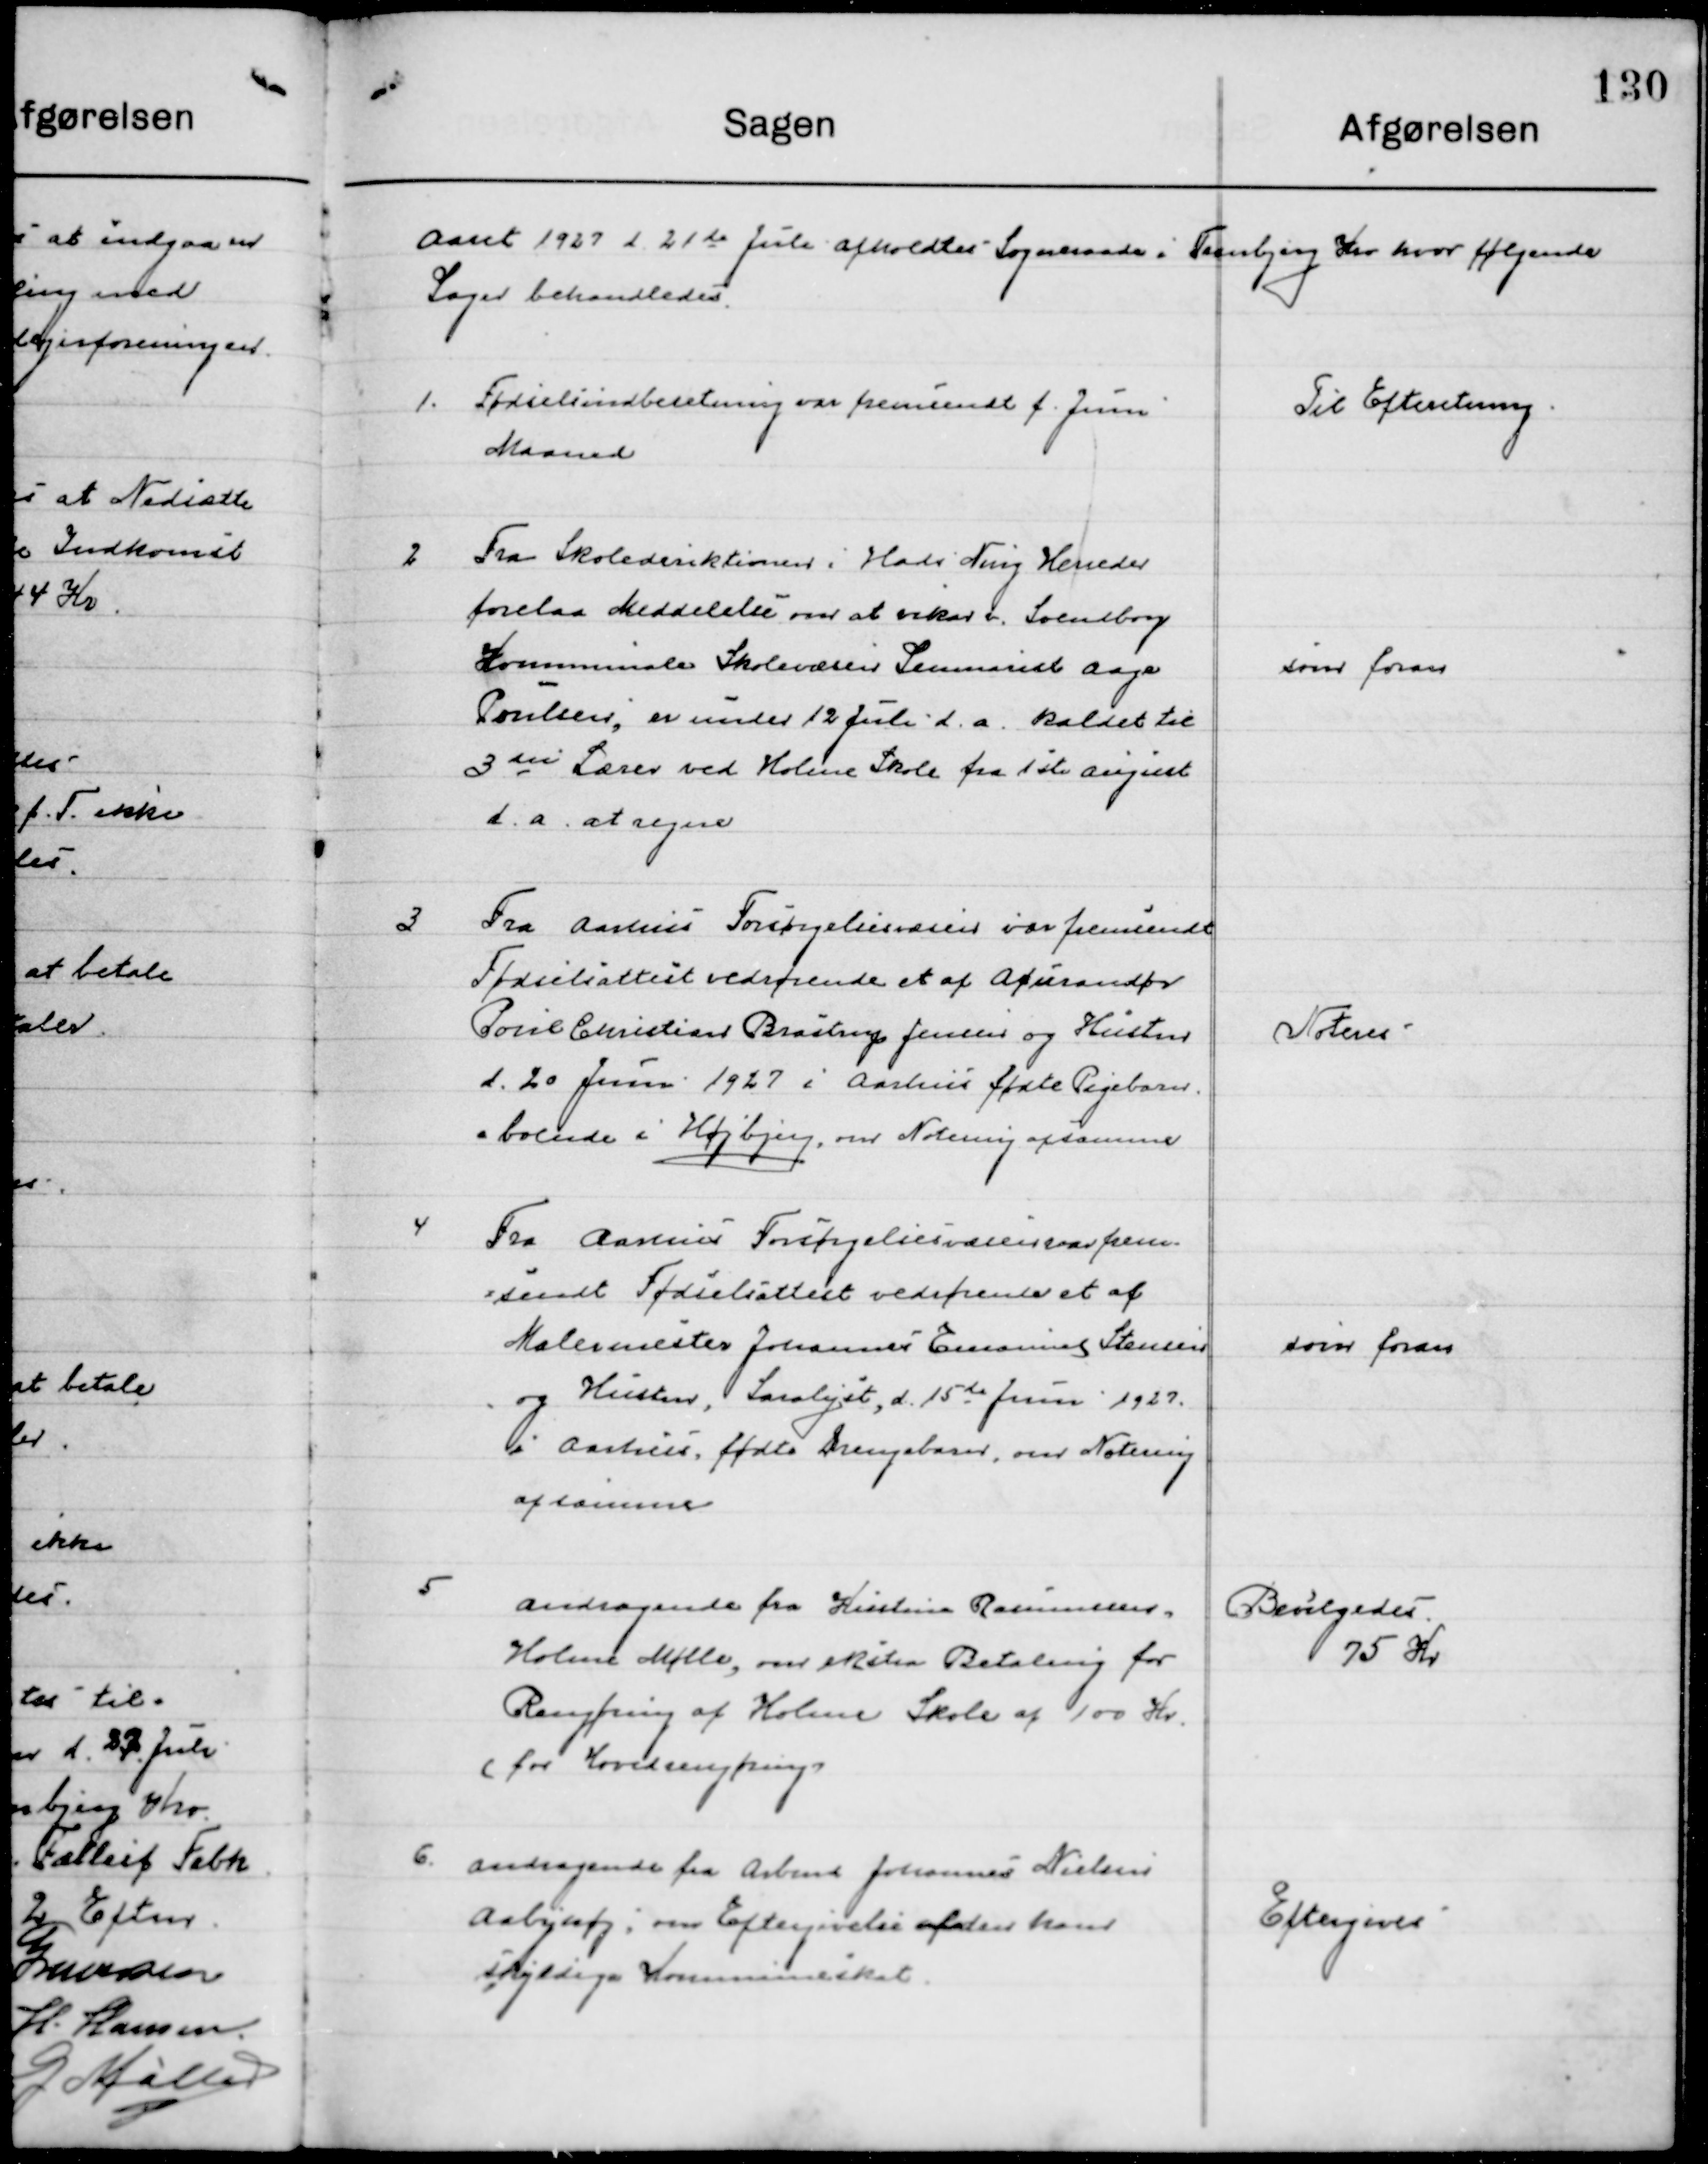
Transskription:
Aaret 1927 d. 21de Juli afholdtes  Sogneraadsmøde i Tranbjerg Kro hvor følgende 
Sager behandledes.

1

Fødselsindberetning var fremsendt f. Juni
Maaned

Til Efterretning

2

Fra Skoledirektionen i Hads Ning Herreder
forelaa Meddelelse om at vikar v. Svendborg
Kommunale Skolevæsen Seminariet Aage 
Poulsen, er under 12 Juli d. a. kaldet til
3die Lærer ved Holme Skole fra 1ste August
d. a. at regne.

som foran

3

Fra Aarhus Forsørgelsesvæsen var fremsendt 
Fødselsattest vedrørende et af Assurandør 
Poul Christian Bråstrup Jensen og Hustru
d. 20 Juni 1927 i Aarhus fødte Pigebarn,
boende i Højbjerg om Notering af samme.

Noteres

4

Fra Aarhus Forsørgelsesvæsen var frem-
sendt Fødselsattest vedrørende et af
Malermester Johannes Emanuel Stensen
og Hustru, Saralyst, d. 15de Juni 1927.
i Aarhus, fødte Drengebarn, om Notering 
af samme.

som foran

5

Andragende fra Kristian Rasmussen
Holme Mølle, om ekstra Betaling for
Rengøring af Holme Skole af 100 Kr.
(for Hovedrengøring)

Bevilgedes
75 Kr.

6

Andragende fra Arbmd. Johannes Nielsen
Aabyhøj, om Eftergivelse af den ham
Skyldige Kommuneskat.

Eftergives